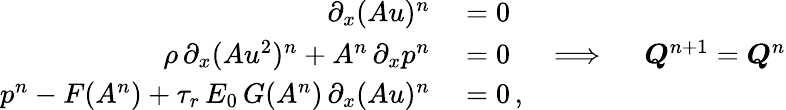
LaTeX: \begin{array}{rl}{\partial_{x}(Au)^{n}}&{{}=0}\\ {\rho\, \partial_{x}(Au^{2})^{n}+A^{n}\, \partial_{x}p^{n}}&{{}=0\quad\implies\quad\boldsymbol{Q}^{n+1}=\boldsymbol{Q}^{n}}\\ {p^{n}-F(A^{n})+\tau_{r}\, E_{0}\, G(A^{n})\, \partial_{x}(Au)^{n}}&{{}=0\, ,}\end{array}